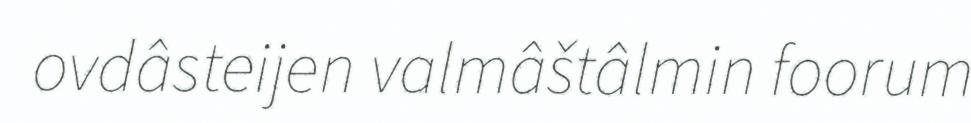
ovdâsteijen valmâštâlmin foorum